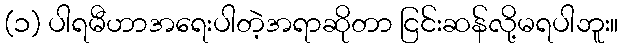
(၁) ပါရမီဟာအရေးပါတဲ့အရာဆိုတာ ငြင်းဆန်လို့မရပါဘူး။